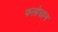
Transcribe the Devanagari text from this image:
फलोघान